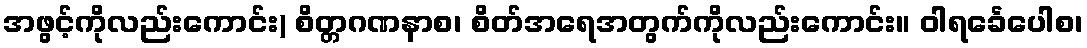
အဖွင့်ကိုလည်းကောင်း) စိတ္တဂဏနာစ၊ စိတ်အရေအတွက်ကိုလည်းကောင်း။ ဝါရင်္ခေပေါစ၊